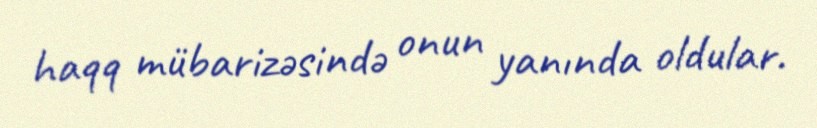
haqq mübarizəsində onun yanında oldular.